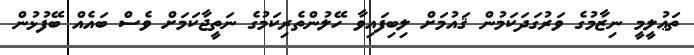
ތަޢުލީމީ ނިޒާމުގެ ވަރުގަދަކަމުން ޤައުމަށް ލިބިފައިވާ ހޭލުންތެރިކަމުގެ ނަތީޖާކަމަށް ވެސް ބައެއް ބޭފުޅުން